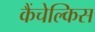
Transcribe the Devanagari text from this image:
कैंचेल्किस